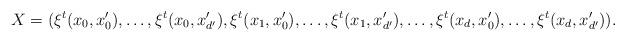
LaTeX: \begin{align*}X=(\xi^t(x_0,x'_0),\ldots,\xi^t(x_0,x'_{d'}),\xi^t(x_1,x'_0),\ldots,\xi^t(x_1,x'_{d'}),\ldots, \xi^t(x_d,x'_0),\ldots,\xi^t(x_d,x'_{d'})).\end{align*}